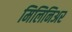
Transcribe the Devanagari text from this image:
मिलिनिअर